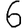
Digit: 6